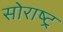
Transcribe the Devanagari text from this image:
सोराष्ट्र